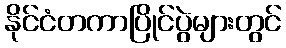
နိုင်ငံတကာပြိုင်ပွဲများတွင်